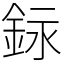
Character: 銢